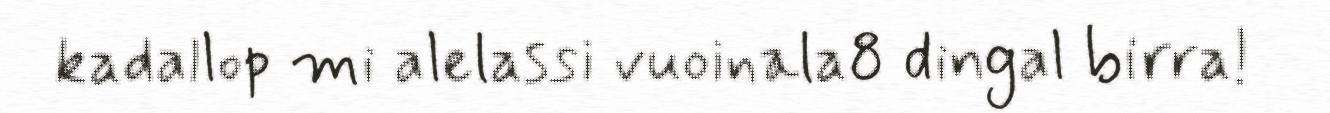
kadallop mi alelassi vuoinala8 dingal birra!